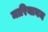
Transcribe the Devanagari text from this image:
मारियानम